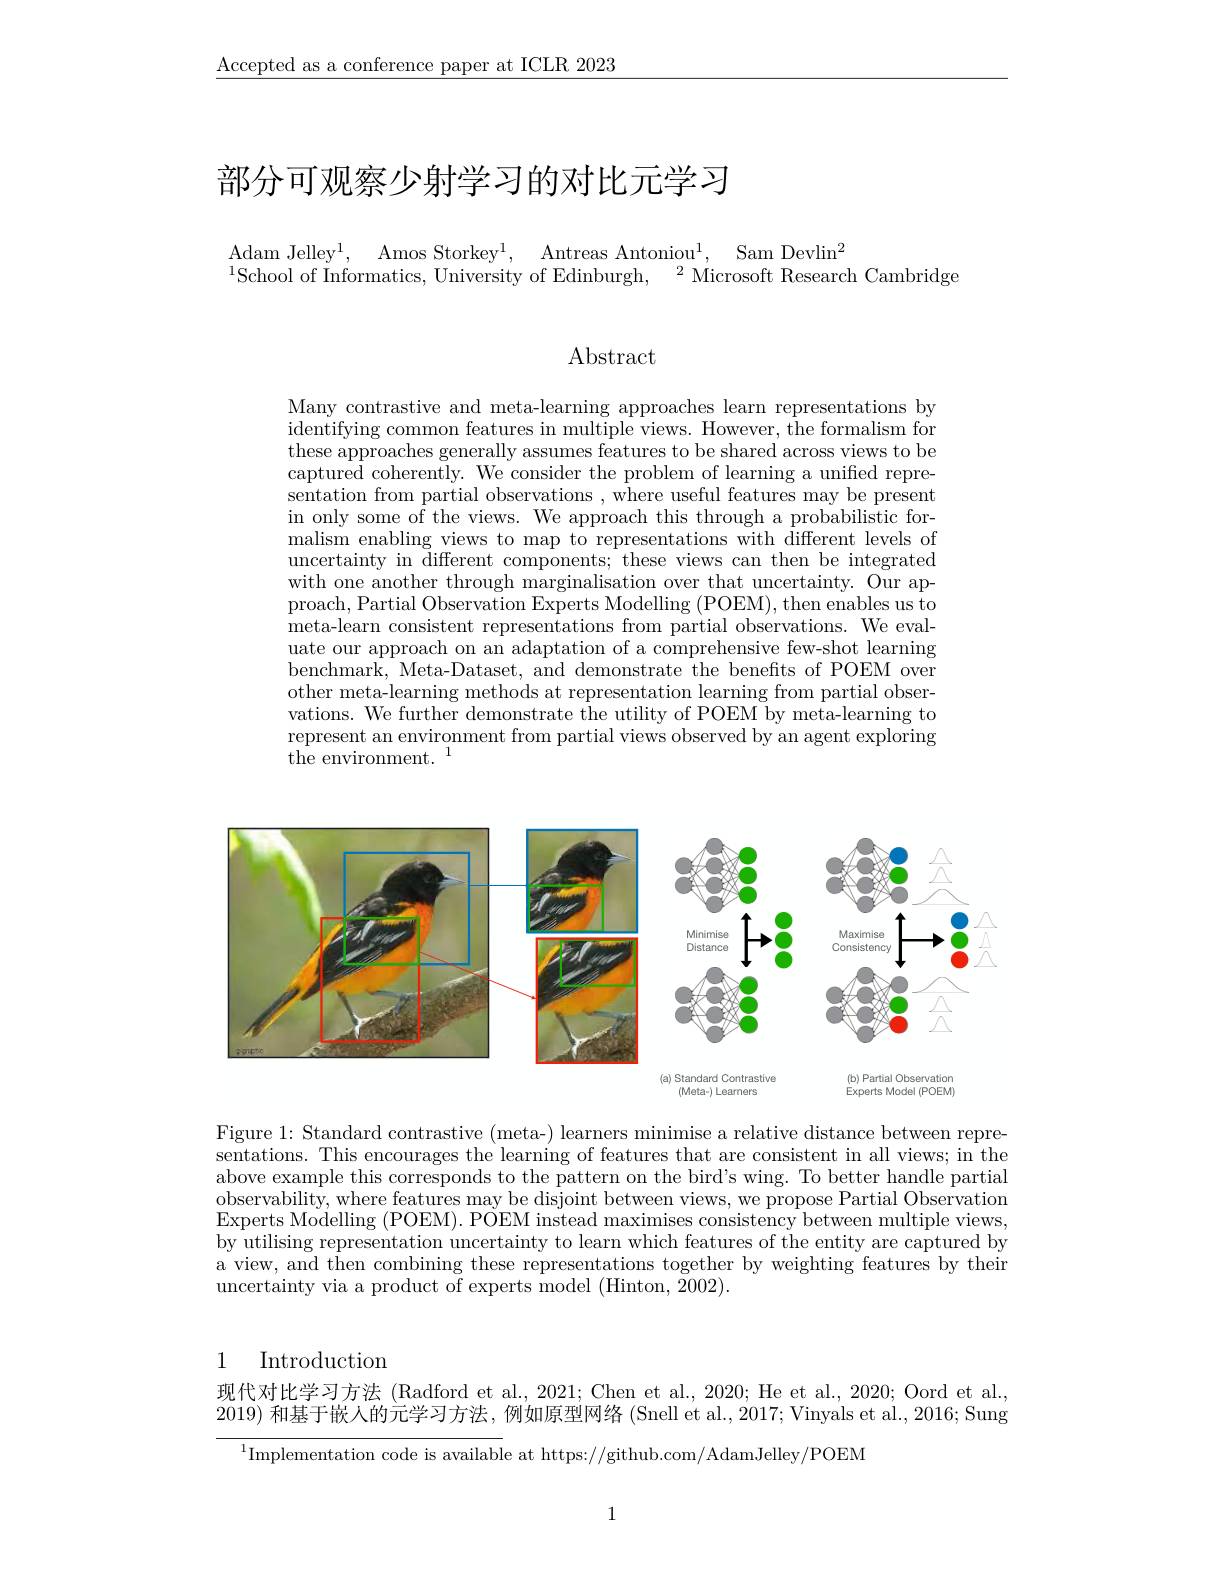
$\underline{\text{Accepted as a conference paper at ICLR 2023}}$

# 部分可观察少射学习的对比元学习

Adam Jelle$y^{1}$, $\:$Amos Storke$y^{1}$, $\:$Antreas Antonio$u^{1}$, $\:$Sam Devli$n^{2}$
$^{1}$School of Informatics, University of Edinburgh, $^2$Microsoft Research Cambridge

Abstract

Many contrastive and meta-learning approaches learn representations by identifying common features in multiple views. However, $\dot{the formalism for}$ these approaches generally assumes features to be shared across views to be captured coherently. We consider the problem of learning a uniffed representation from partial observations , where useful features may be present in only some of the views. We approach this through a probabilistic formalism enabling views to map to representations with different levels of uncertainty in different components; these views can then be integrated with one another through marginalisation over that uncertainty. Our approach, Partial Observation Experts Modelling (POEM), then enables us to meta-learn consistent representations from partial observations. We evaluate our approach on an adaptation of a comprehensive few-shot learning benchmark, Meta-Dataset, and demonstrate the benefits of POEM over other meta-learning methods at representation learning from partial observations. We further demonstrate the utility of POEM by meta-learning to represent an environment from partial views observed by an agent exploring ${\mathrm{the~environment.}}^{1}$

<FigureHere>

Figure 1: Standard contrastive (meta-) learners minimise a relative distance between representations. This encourages the learning of features that are consistent in all views; in the above example this corresponds to the pattern on the bird's wing. To better handle partial observability, where features may be disjoint between views, we propose Partial Observation Experts Modelling (POEM). POEM instead maximises consistency between multiple views, by utilising representation uncertainty to learn which features of the entity are captured by a view, and then combining these representations together by weighting features by their uncertainty via a product of experts model (Hinton, $\tilde{2}002).$

## 1 Introduction

现代对比学习方法 (Radford et al., 2021; Chen et al., 2020; He et al., 2020; Oord et al., 2019)和基于嵌人的元学习方法，例如原型网络 (Snell et al., 2017; Vinyals et al., 2016; Sung

$^{1}$Implementation code is available at https://github.com/AdamJelley/POEM

1